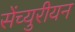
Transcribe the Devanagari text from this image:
सेंच्युरीयन